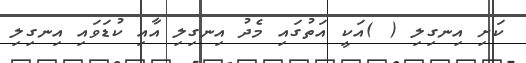
ކަށި އިނގިލި ( )އަކީ އަތުގައި މެދު އިނގިލި އާއި ކުޑަވައި އިނގިލި